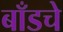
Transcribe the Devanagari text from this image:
बाँडचे